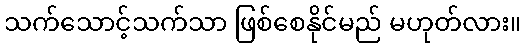
သက်သောင့်သက်သာ ဖြစ်စေနိုင်မည် မဟုတ်လား။